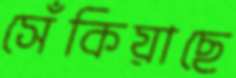
সেঁকিয়াছে